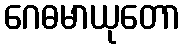
ဂေဓမာယုတော